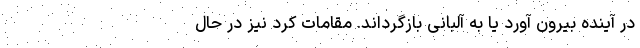
در آینده بیرون آورد یا به آلبانی بازگرداند. مقامات کرد نیز در حال